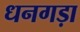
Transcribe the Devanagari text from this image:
धनगड़ा